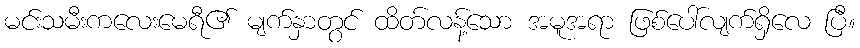
မင်းသမီးကလေးမေရီ၏ မျက်နှာတွင် ထိတ်လန့်သော အမူအရာ ဖြစ်ပေါ်လျက်ရှိလေ ပြီ။